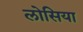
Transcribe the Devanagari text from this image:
लोसिया